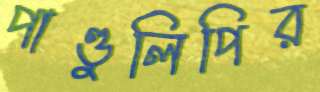
পাণ্ডুলিপির